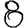
Digit: 8